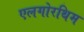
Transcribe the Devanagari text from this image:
एलगोरथिम